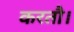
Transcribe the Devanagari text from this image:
करतौ।